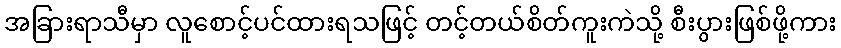
အခြားရာသီမှာ လူစောင့်ပင်ထားရသဖြင့် တင့်တယ်စိတ်ကူးကဲသို့ စီးပွားဖြစ်ဖို့ကား